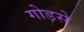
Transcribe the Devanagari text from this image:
गोड़से